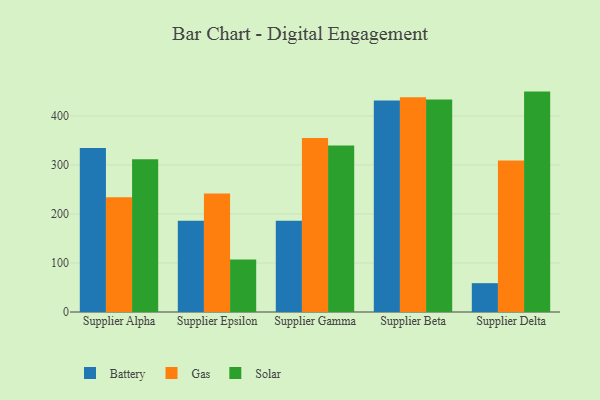
{"axis": {"x": "Supplier", "y": "Population (Million)"}, "legend": ["Battery", "Gas", "Solar"], "data": [{"x": "Supplier Alpha", "y": 334.8, "type": "Battery"}, {"x": "Supplier Alpha", "y": 234.2, "type": "Gas"}, {"x": "Supplier Alpha", "y": 311.7, "type": "Solar"}, {"x": "Supplier Epsilon", "y": 186.0, "type": "Battery"}, {"x": "Supplier Epsilon", "y": 241.7, "type": "Gas"}, {"x": "Supplier Epsilon", "y": 106.9, "type": "Solar"}, {"x": "Supplier Gamma", "y": 186.2, "type": "Battery"}, {"x": "Supplier Gamma", "y": 355.2, "type": "Gas"}, {"x": "Supplier Gamma", "y": 339.8, "type": "Solar"}, {"x": "Supplier Beta", "y": 431.4, "type": "Battery"}, {"x": "Supplier Beta", "y": 437.9, "type": "Gas"}, {"x": "Supplier Beta", "y": 433.7, "type": "Solar"}, {"x": "Supplier Delta", "y": 58.8, "type": "Battery"}, {"x": "Supplier Delta", "y": 309.3, "type": "Gas"}, {"x": "Supplier Delta", "y": 449.6, "type": "Solar"}]}